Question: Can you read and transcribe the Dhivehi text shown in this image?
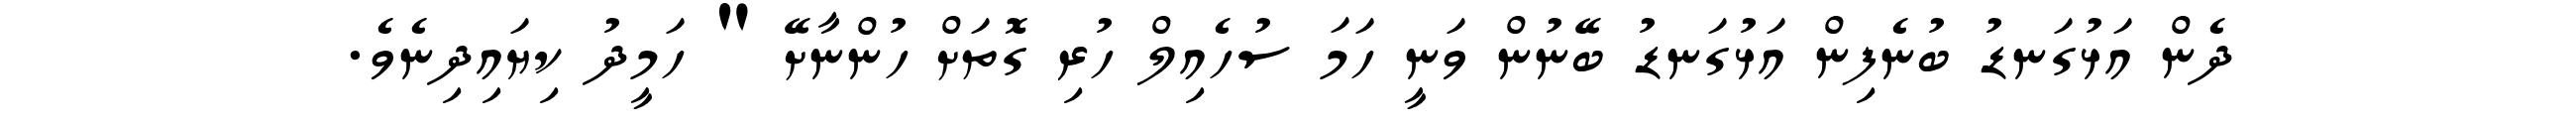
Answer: ދެން އަޅުގަނޑު ބުނެފިން އަޅުގަނޑު ބޭނުން ވަނީ ހަމަ ސުހެއިލް ހުރި ގޮތަށް ހުންނާށޭ " ހަމީދު ކިޔައިދިނެވެ.